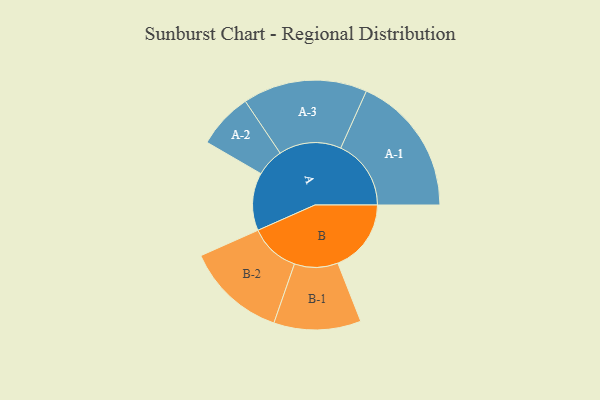
{"axis": {"x": "Segment", "y": "Value"}, "legend": ["", "A", "B"], "data": [{"x": "A", "y": 235, "type": ""}, {"x": "B", "y": 298, "type": ""}, {"x": "A-1", "y": 286, "type": "A"}, {"x": "A-2", "y": 113, "type": "A"}, {"x": "A-3", "y": 253, "type": "A"}, {"x": "B-1", "y": 177, "type": "B"}, {"x": "B-2", "y": 204, "type": "B"}]}